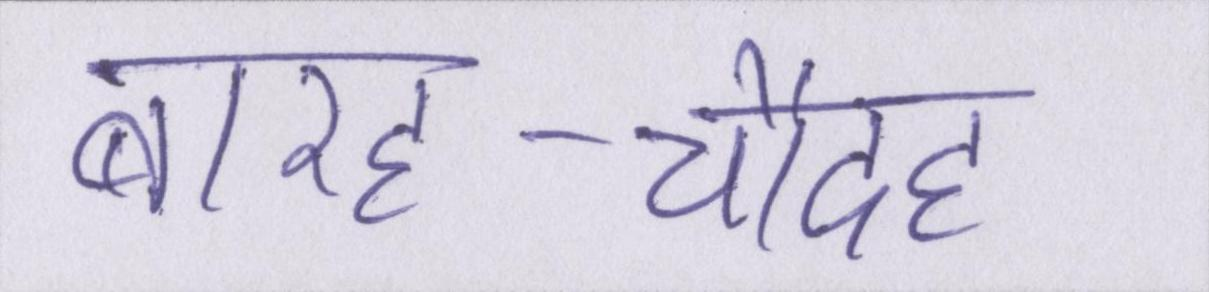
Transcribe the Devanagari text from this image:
बारह-चौदह